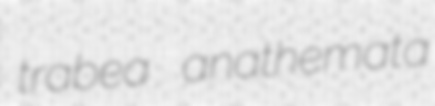
trabea anathemata